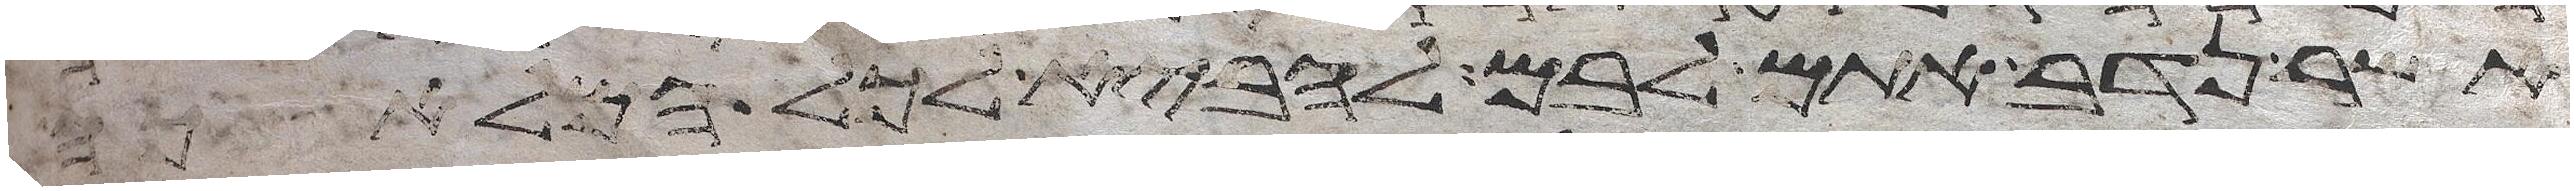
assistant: אשר נדב אתם לבם להביא לכל המלאכה